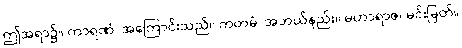
ဤအရာ၌။ ကာရဏံ၊ အကြောင်းသည်။ ကတမံ၊ အဘယ်နည်း။ မဟာရာဇ၊ မင်းမြတ်။